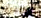
معاقبته